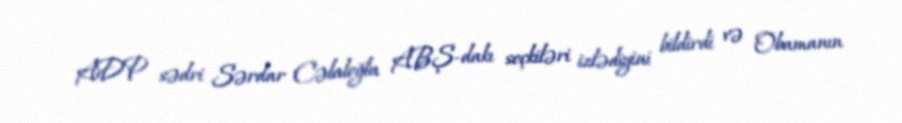
ADP sədri Sərdar Cəlaloğlu ABŞ-dakı seçkiləri izlədiyini bildirdi və Obamanın